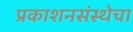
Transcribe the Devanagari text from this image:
प्रकाशनसंस्थेचा